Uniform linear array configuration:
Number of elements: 64
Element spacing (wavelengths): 1
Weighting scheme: binomial
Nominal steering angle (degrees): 30
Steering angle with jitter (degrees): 28.428
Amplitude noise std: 0.05
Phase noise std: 0.05

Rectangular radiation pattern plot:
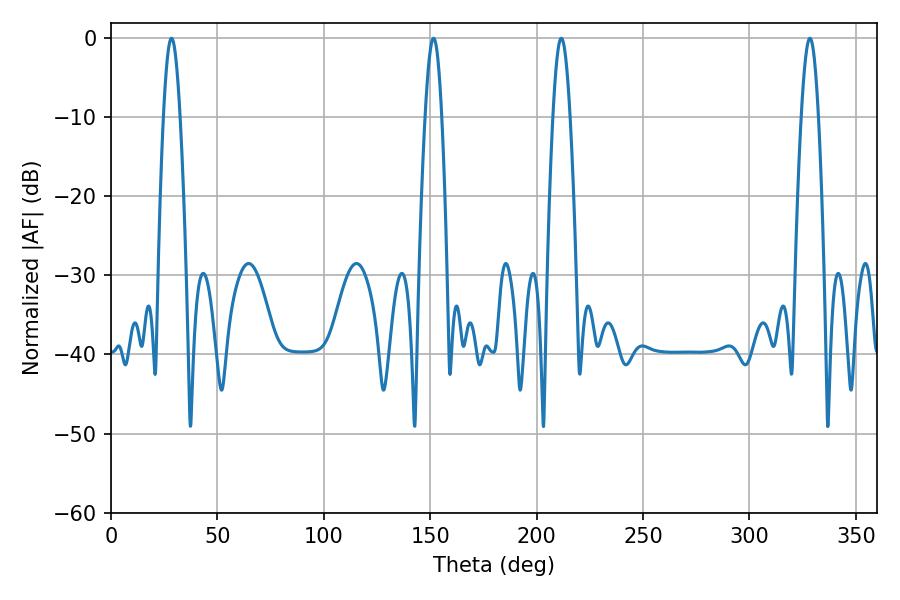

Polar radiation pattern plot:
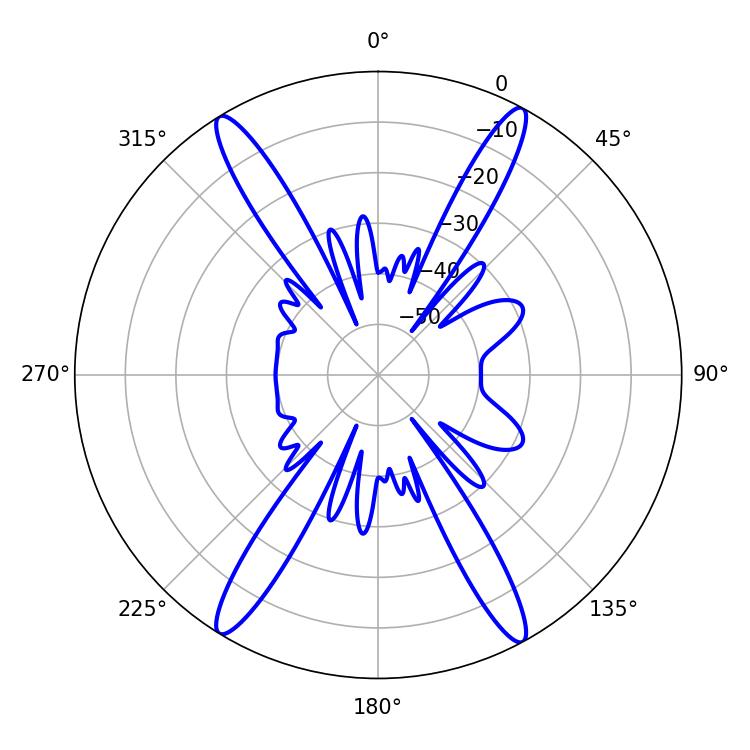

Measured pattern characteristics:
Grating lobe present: TRUE
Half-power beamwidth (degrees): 4.14
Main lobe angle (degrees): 28.44